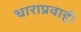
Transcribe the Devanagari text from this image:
धाराप्रवाही